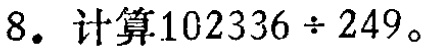
8. 计算\(102336\div 249\)。